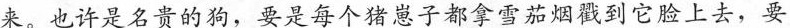
来。也许是名贵的狗，要是每个猪崽子都拿雪茄烟戳到它脸上去，要